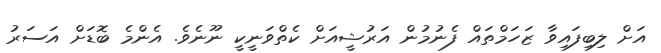
އަށް ލިބިފައިވާ ޒަހަމްތައް ފެނުމުން އަރުޝީއަށް ކެތްވަނީކީ ނޫނެވެ. އެންމެ ބޮޑަށް އަސަރު